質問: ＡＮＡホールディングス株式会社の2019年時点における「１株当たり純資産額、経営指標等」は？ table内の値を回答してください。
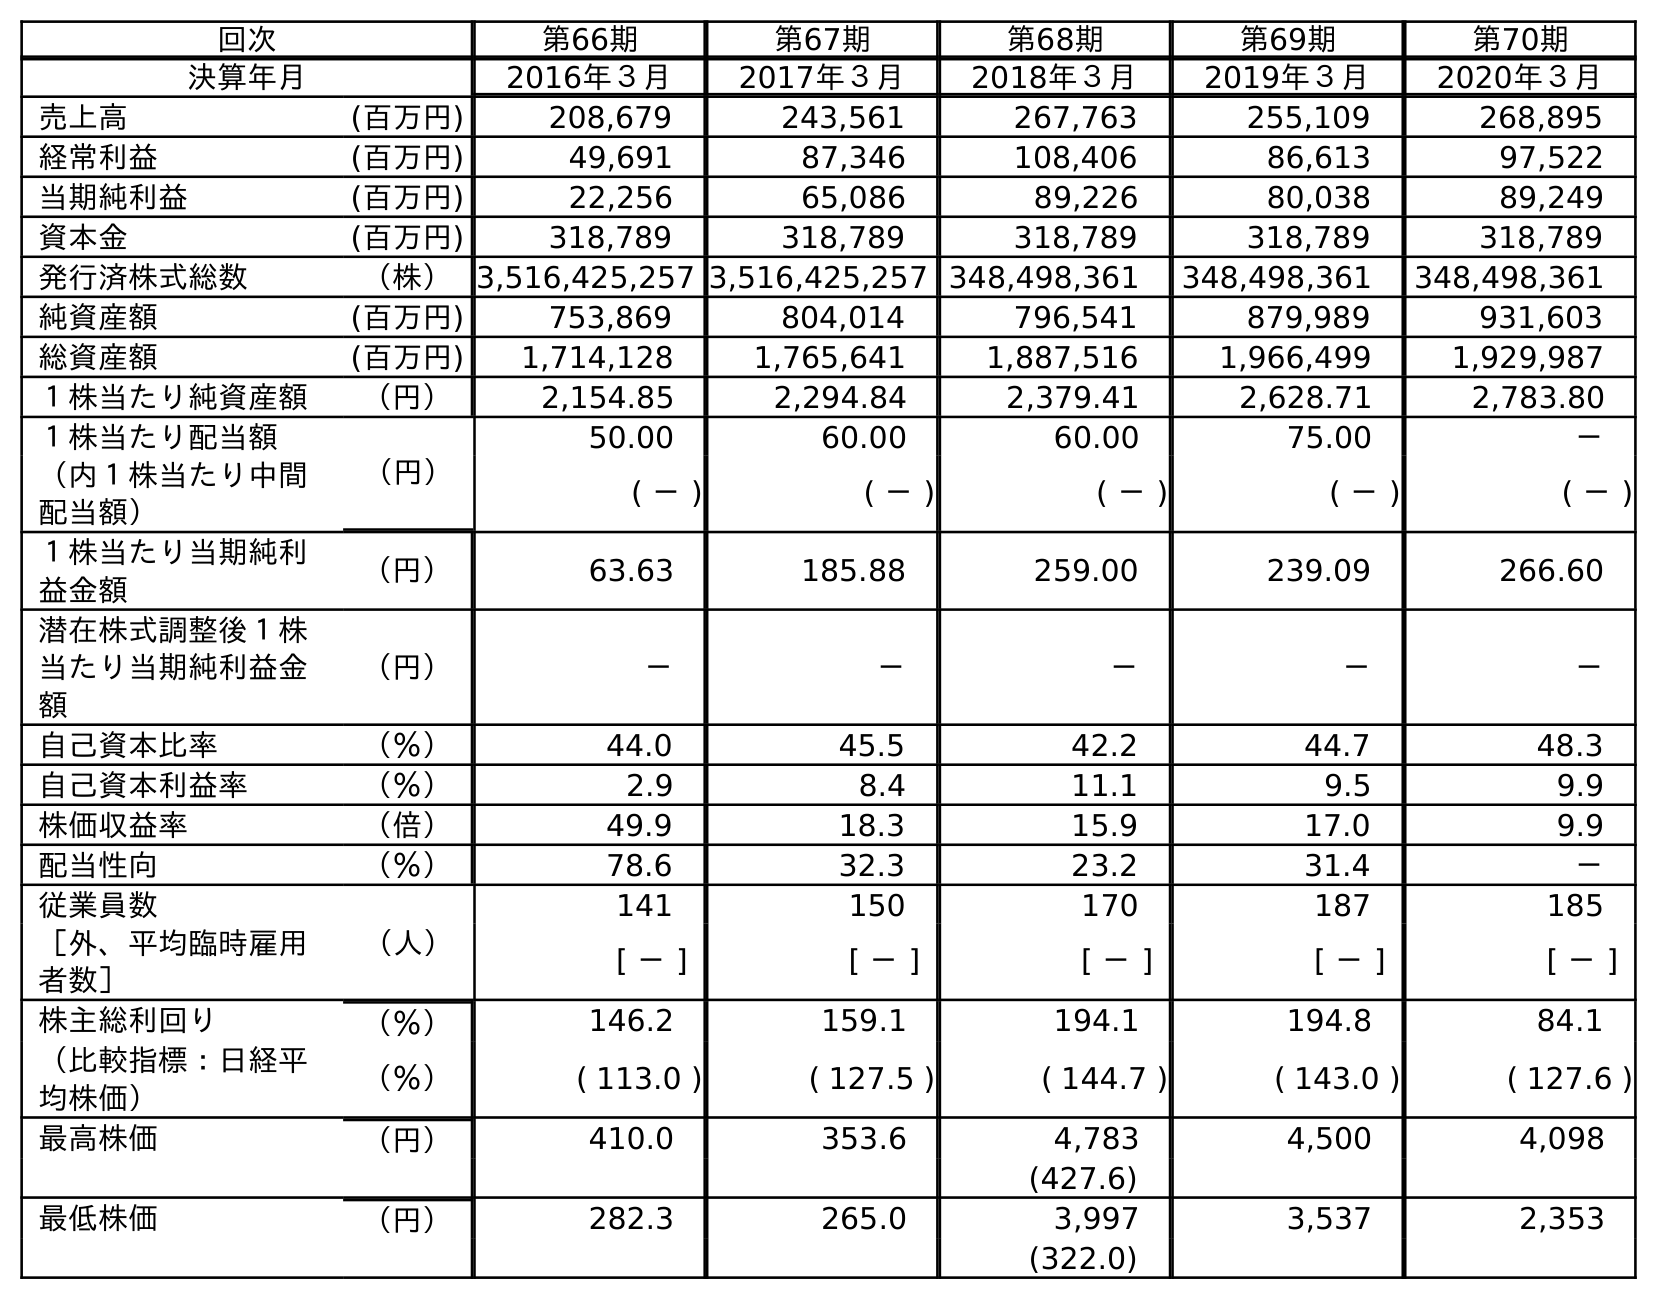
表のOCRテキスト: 回次 第66期 第67期 第68期 第69期 第70期 決算年月 2016年３月 2017年３月 2018年３月 2019年３月 2020年３月 売上高 (百万円) 208,679 243,561 267,763 255,109 268,895 経常利益 (百万円) 49,691 87,346 108,406 86,613 97,522 当期純利益 (百万円) 22,256 65,086 89,226 80,038 89,249 資本金 (百万円) 318,789 318,789 318,789 318,789 318,789 発行済株式総数 （株）3,516,425,257 3,516,425,257 348,498,361 348,498,361 348,498,361 純資産額 (百万円) 753,869 804,014 796,541 879,989 931,603 総資産額 (百万円) 1,714,128 1,765,641 1,887,516 1,966,499 1,929,987 １株当たり純資産額 （円） 2,154.85 2,294.84 2,379.41 2,628.71 2,783.80 １株当たり配当額 （円） 50.00 60.00 60.00 75.00 － （内１株当たり中間 配当額） ( － ) ( － ) ( － ) ( － ) ( － ) １株当たり当期純利 益金額 （円） 63.63 185.88 259.00 239.09 266.60 潜在株式調整後１株 当たり当期純利益金 額 （円） － － － － － 自己資本比率 （％） 44.0 45.5 42.2 44.7 48.3 自己資本利益率 （％） 2.9 8.4 11.1 9.5 9.9 株価収益率 （倍） 49.9 18.3 15.9 17.0 9.9 配当性向 （％） 78.6 32.3 23.2 31.4 － 従業員数 （人） 141 150 170 187 185 ［外、平均臨時雇用 者数］ [ － ] [ － ] [ － ] [ － ] [ － ] 株主総利回り （％） 146.2 159.1 194.1 194.8 84.1 （比較指標：日経平 均株価） （％） ( 113.0 ) ( 127.5 ) ( 144.7 ) ( 143.0 ) ( 127.6 ) 最高株価 （円） 410.0 353.6 4,783 4,500 4,098 (427.6) 最低株価 （円） 282.3 265.0 3,997 3,537 2,353 (322.0)
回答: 2,628.71